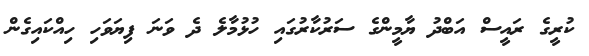
ކުރީގެ ރައީސް އަބްދު ޔާމީންގެ ސަރުކާރުގައި ހުޅުމާލެ ދެ ވަނަ ފިޔަވަހި ހިއްކައިގެން